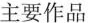
主要作品